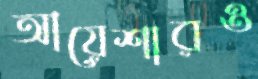
আয়েশারও